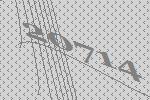
20714